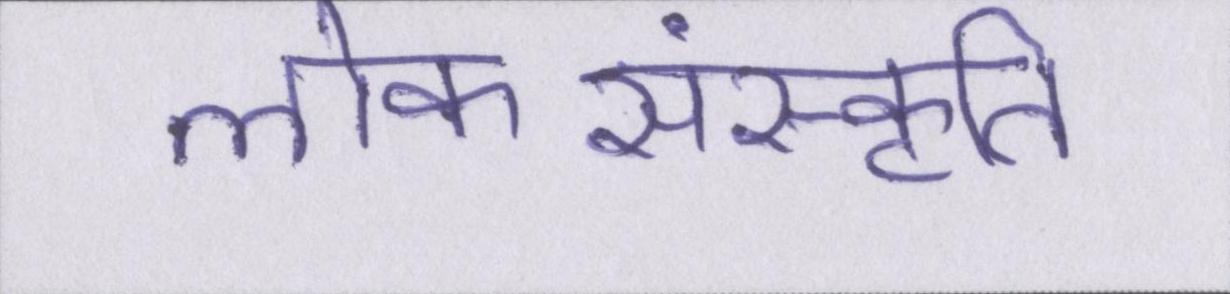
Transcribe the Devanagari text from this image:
लोकसंस्कृति